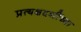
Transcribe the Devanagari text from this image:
प्रत्यक्षदर्शीच्या